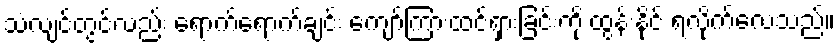
သံလျင်တွင်လည်း ရောက်ရောက်ချင်း ကျော်ကြားထင်ရှားခြင်းကို ထွန်းနိုင် ရလိုက်လေသည်။